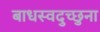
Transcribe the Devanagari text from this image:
बाधस्वदुच्छुना